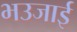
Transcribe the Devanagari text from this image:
भउजाई